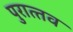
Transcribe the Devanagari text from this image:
पुरात्‍तव